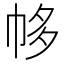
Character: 㡅